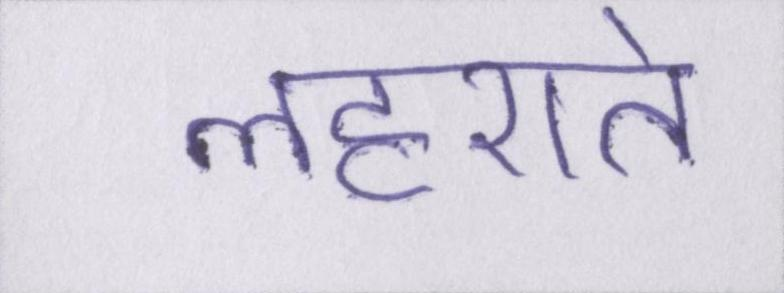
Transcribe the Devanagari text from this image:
लहराते